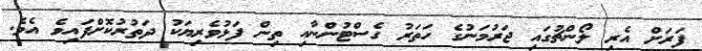
ފަރަށް އެރި ލޯންޗުގައި ޖަރުމަނުގެ ހަތަރު ގެސްޓުންނާއި ތިން ފަޅުވެރިޔަކު ދަތުރުކޮށްފައިވެ އެވެ.